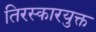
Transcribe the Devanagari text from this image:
तिरस्कारयुक्त